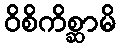
ဝိစိကိစ္ဆာမိ